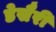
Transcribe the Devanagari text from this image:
डेसैरी